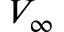
V _ { \infty }